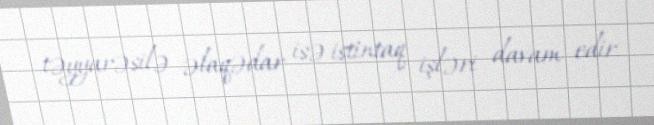
təyyarəsilə əlaqədar isə istintaq işləri davam edir.